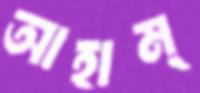
আহাম্